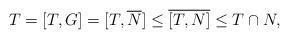
LaTeX: \begin{align*} T = [T,G] = [T,\overline{N}] \leq \overline{[T,N]} \leq T \cap N, \end{align*}